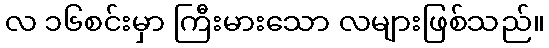
လ ၁၆စင်းမှာ ကြီးမားသော လများဖြစ်သည်။